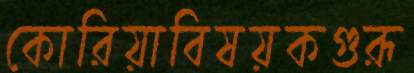
কোরিয়াবিষয়কগুরূ